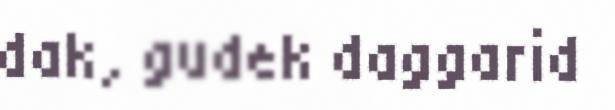
dak, gudek daggarid